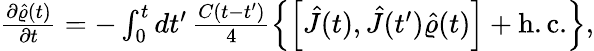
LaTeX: \begin{array}{r}{\frac{\partial\hat{\varrho}(t)}{\partial t}=-\int_{0}^{t}dt^{\prime}\, \frac{C(t-t^{\prime})}{4}\left\{ \left[\hat{J}(t),\hat{J}(t^{\prime})\hat{\varrho}(t)\right]+\mathrm{h.c.}\right\} ,}\end{array}